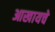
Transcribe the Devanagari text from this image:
आखायचे